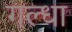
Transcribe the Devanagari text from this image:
गल्धा